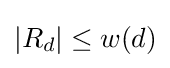
|R_{d}|\leq w(d)